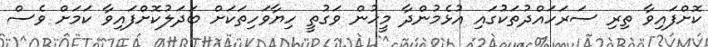
ކޮށްފައިވާ ތިރި ސަރަހައްދުތަކުގައި އުޅެމުންދާ މީހުން ވަގުތީ ހިޔާވަހިތަކަށް ބަދަލުކޮށްފައިވާ ކަމަށް ވެސް